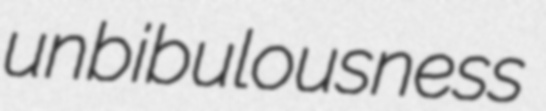
unbibulousness